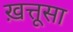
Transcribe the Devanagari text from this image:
ख़त्तूसा